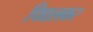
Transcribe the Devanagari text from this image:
पिद्यलकर